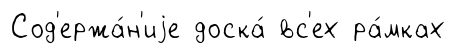
Сод'ержа́н'иjе доска́ вс'ех ра́мках